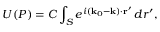
U ( P ) = C \int _ { S } e ^ { i ( \mathbf { k } _ { 0 } - \mathbf { k } ) \cdot \mathbf { r } ^ { \prime } } \, d r ^ { \prime } ,